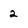
Character: 2